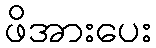
ဖိအားပေး